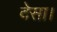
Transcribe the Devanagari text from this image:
देसा।